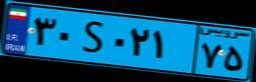
۳۰S۰۲۱۷۵